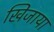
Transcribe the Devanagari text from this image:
खिजाया